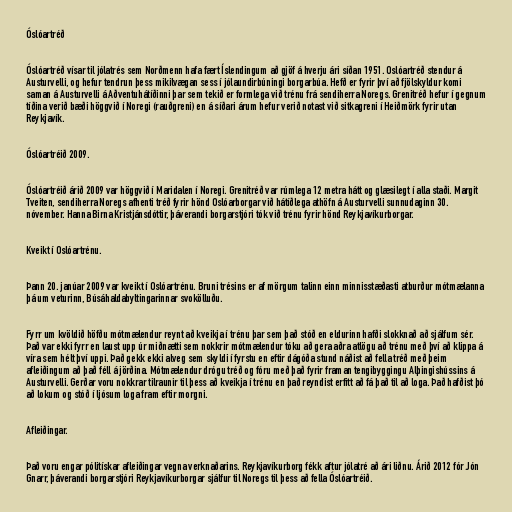
Óslóartréð

Óslóartréð vísar til jólatrés sem Norðmenn hafa fært Íslendingum að gjöf á hverju ári síðan 1951. Oslóartréð stendur á
Austurvelli, og hefur tendrun þess mikilvægan sess í jólaundirbúningi borgarbúa. Hefð er fyrir því að fjölskyldur komi
saman á Austurvelli á Aðventuhátíðinni þar sem tekið er formlega við trénu frá sendiherra Noregs. Grenitréð hefur í gegnum
tíðina verið bæði höggvið í Noregi (rauðgreni) en á síðari árum hefur verið notast við sitkagreni í Heiðmörk fyrir utan
Reykjavík.

Óslóartréið 2009.

Óslóartréið árið 2009 var höggvið í Maridalen í Noregi. Grenitréð var rúmlega 12 metra hátt og glæsilegt í alla staði. Margit
Tveiten, sendiherra Noregs afhenti tréð fyrir hönd Oslóarborgar við hátíðlega athöfn á Austurvelli sunnudaginn 30.
nóvember. Hanna Birna Kristjánsdóttir, þáverandi borgarstjóri tók við trénu fyrir hönd Reykjavíkurborgar.

Kveikt í Oslóartrénu.

Þann 20. janúar 2009 var kveikt í Oslóartrénu. Bruni trésins er af mörgum talinn einn minnisstæðasti atburður mótmælanna
þá um veturinn, Búsáhaldabyltingarinnar svokölluðu.

Fyrr um kvöldið höfðu mótmælendur reynt að kveikja í trénu þar sem það stóð en eldurinn hafði slokknað að sjálfum sér.
Það var ekki fyrr en laust upp úr miðnætti sem nokkrir mótmælendur tóku að gera aðra atlögu að trénu með því að klippa á
víra sem hélt því uppi. Það gekk ekki alveg sem skyldi í fyrstu en eftir dágóða stund náðist að fella tréð með þeim
afleiðingum að það féll á jörðina. Mótmælendur drógu tréð og fóru með það fyrir framan tengibyggingu Alþingishússins á
Austurvelli. Gerðar voru nokkrar tilraunir til þess að kveikja í trénu en það reyndist erfitt að fá það til að loga. Það hafðist þó
að lokum og stóð í ljósum loga fram eftir morgni.

Afleiðingar.

Það voru engar pólitískar afleiðingar vegna verknaðarins. Reykjavíkurborg fékk aftur jólatré að ári liðnu. Árið 2012 fór Jón
Gnarr, þáverandi borgarstjóri Reykjavíkurborgar sjálfur til Noregs til þess að fella Óslóartréið.